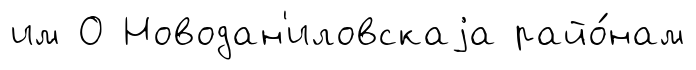
им О Новодан'иловскаjа райо́нам